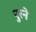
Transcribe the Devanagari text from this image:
पुरने